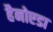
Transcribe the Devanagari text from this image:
हैनोएडा